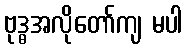
ဗုဒ္ဓအလိုတော်ကျ မပါ